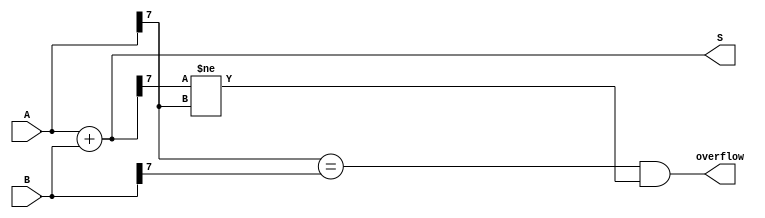
module Param_Adder #(parameter N = 8) (
    input  wire [N-1:0] A,   // First operand
    input  wire [N-1:0] B,   // Second operand
    output wire [N-1:0] S,    // Sum output
    output wire           overflow // Overflow flag
);

    // Sum calculation
    assign S = A + B;

    // Overflow detection
    assign overflow = (A[N-1] == B[N-1]) && (S[N-1] != A[N-1]);

endmodule